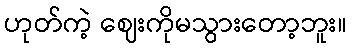
ဟုတ်ကဲ့ ဈေးကိုမသွားတော့ဘူး။